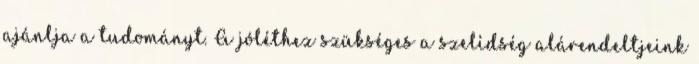
ajánlja a tudományt. A jóléthez szükséges a szelídség alárendeltjeink